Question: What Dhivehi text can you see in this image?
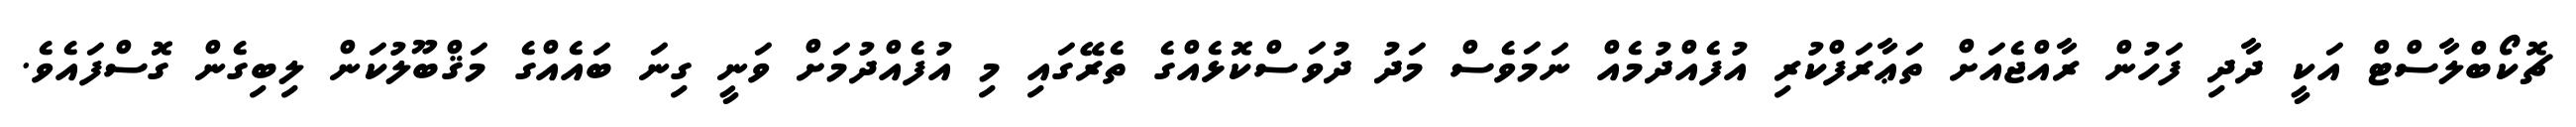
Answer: ޗޮކޯބްލާސްޓް އަކީ ދާދި ފަހުން ރާއްޖެއަށް ތަޢާރަފްކުރި އުފެއްދުމެއް ނަމަވެސް މަދު ދުވަސްކޮޅެއްގެ ތެރޭގައި މި އުފެއްދުމަށް ވަނީ ގިނަ ބައެއްގެ މަޤްބޫލުކަން ލިބިގެން ގޮސްފައެވެ.